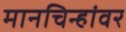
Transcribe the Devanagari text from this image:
मानचिन्हांवर